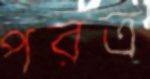
পরত্র